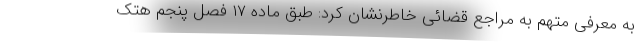
به معرفی متهم به مراجع قضائی خاطرنشان کرد: طبق ماده ۱۷ فصل پنجم هتک